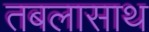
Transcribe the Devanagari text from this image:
तबलासाथ